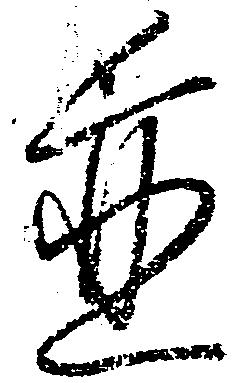
並